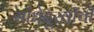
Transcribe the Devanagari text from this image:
सांधेदुखीची